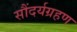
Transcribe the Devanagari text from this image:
सौंदर्यग्रहण